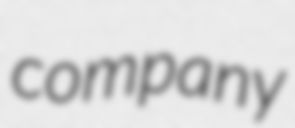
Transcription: company